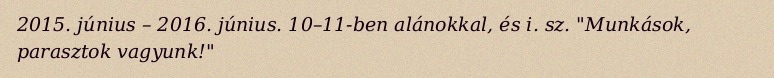
2015. június – 2016. június. 10–11-ben alánokkal, és i. sz. "Munkások, parasztok vagyunk!"